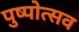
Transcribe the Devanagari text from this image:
पुष्पोत्सव